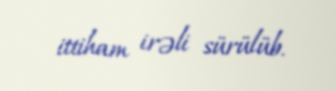
ittiham irəli sürülüb.